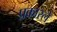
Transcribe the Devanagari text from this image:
प्रकारले